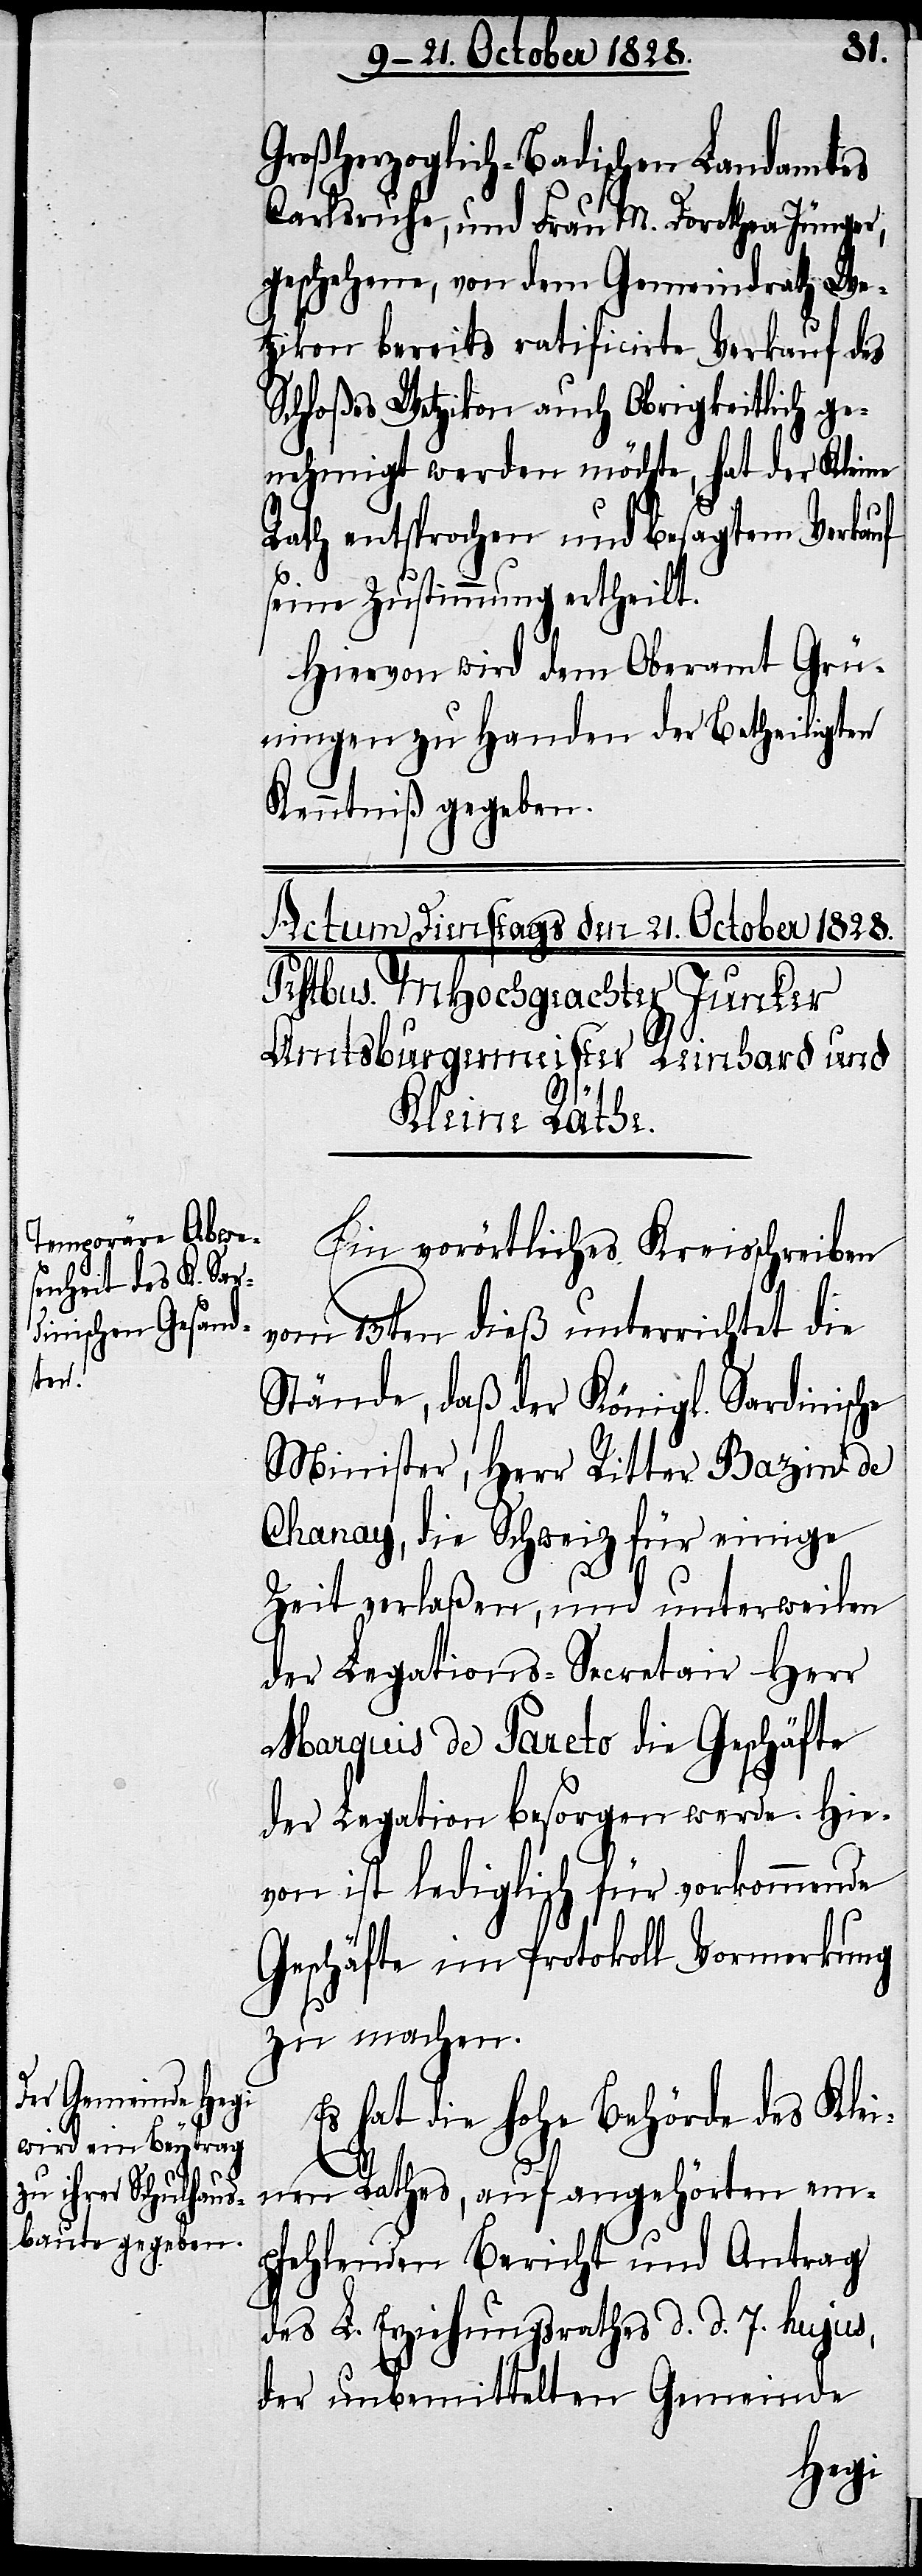
Großherzoglich-Badischen Landamtes
Carlsruhe, und Frau M. Dorothea Jünger,
geschehene, von dem Gemeindrath We¬
tzikon bereits ratificirte Verkauf des
Schloßes Wetzikon auch Obrigkeitlich ge¬
nehmigt werden möchte, hat der Kleine
Rath entsprochen und besagtem Verkauf
seine Zustimmung ertheilt.
Hiervon wird dem Oberamt Grü¬
ningen zu Handen der Betheiligten
Kenntniß gegeben.
Ein vorörtliches Kreisschreiben
vom 13ten dieß unterrichtet die
Stände, daß der Königl. Sardinische
Minister, Herr Ritter Bazin de
Chanay, die Schweiz für einige
Zeit verlaßen, und unterweilen
der Legations-Secretair Herr
Marquis de Pareto die Geschäfte
der Legation besorgen werde. Hie¬
von ist lediglich für vorkommende
Geschäfte im Protokoll Vormerkung
zu machen.
Es hat die hohe Behörde des Klei¬
nen Rathes, auf angehörten em¬
pfehlenden Bericht und Antrag
des L. Erziehungsrathes d. d. 7. hujus,
der unbemittelten Gemeinde